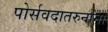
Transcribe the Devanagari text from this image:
पोर्सवदातरुनांना